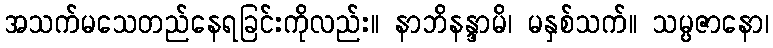
အသက်မသေတည်နေရခြင်းကိုလည်း။ နာဘိနန္ဒာမိ၊ မနှစ်သက်။ သမ္ပဇာနော၊